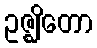
ဥဇ္ဈိတော